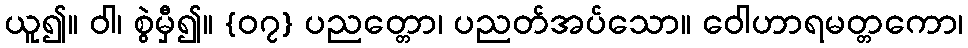
ယူ၍။ ဝါ၊ စွဲမှီ၍။ {၀၇} ပညတ္တော၊ ပညတ်အပ်သော။ ဝေါဟာရမတ္တကော၊